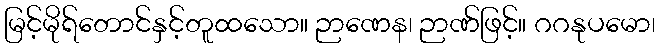
မြင့်မိုရ်တောင်နှင့်တူထသော။ ဉာဏေန၊ ဉာဏ်ဖြင့်။ ဂဂနုပမော၊